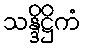
သန္ဒိဋ္ဌိကံ